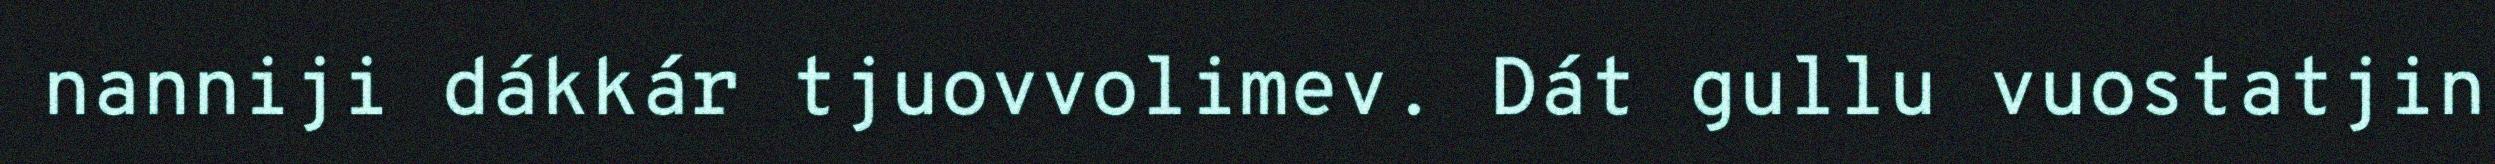
nanniji dákkár tjuovvolimev. Dát gullu vuostatjin